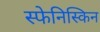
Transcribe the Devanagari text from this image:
स्फेनिस्किन